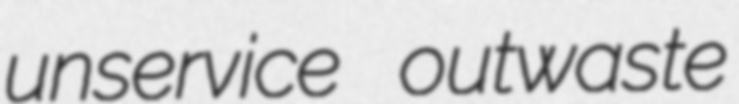
unservice outwaste